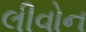
લીવોન